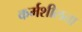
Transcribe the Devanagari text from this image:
कर्मशीलता